Scottish Leaving Certificate Examination, 1957
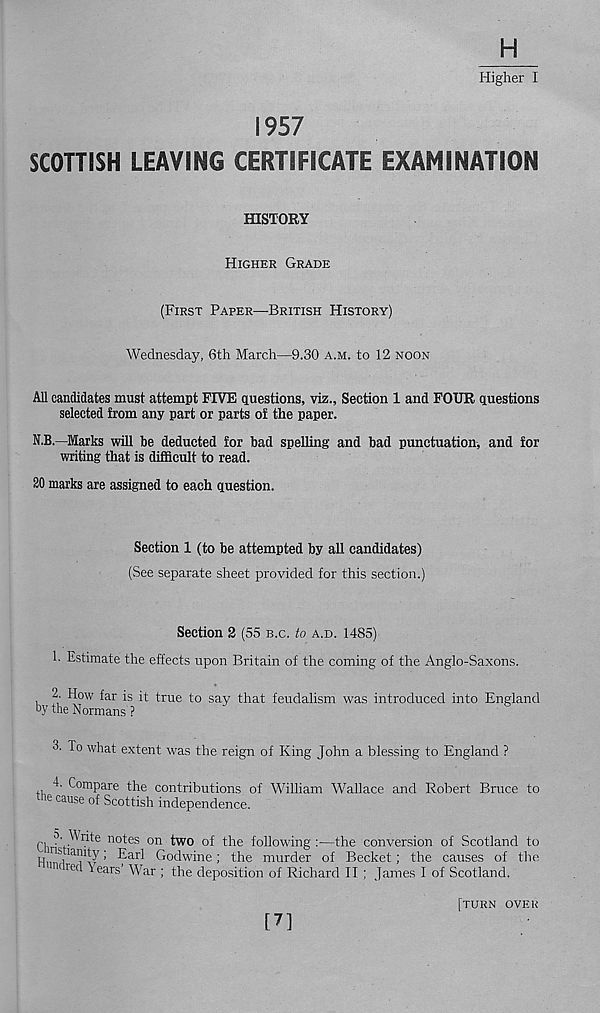
H
Higher I
1957
SCOTTESH LEAVING CERTIFICATE EXAMINATION
HISTORY
HIGHER GRADE
(FIRST PAPER—BRITISH HISTORY)
Wednesday, 6th March—9.30 A.M. to 12 NOON
All candidates must attempt FIVE questions, viz.. Section 1 and FOUR questions
selected from any part or parts of the paper.
N.B.—Marks will be deducted for bad spelling and bad punctuation, and for
writing that is difficult to read.
20 marks are assigned to each question.
Section 1 (to be attempted by all candidates)
(See separate sheet provided for this section.)
Section 2 (55 B.C. to A.D. 1485)
1. Estimate the effects upon Britain of the coming of the Anglo-Saxons.
2. How far is it true to say that feudalism was introduced into England
by the Normans'?
3.
To what extent was the reign of King John a blessing to Engla
-I- Compare the contributions of William Wallace and Robert Bruce to
he cause of Scottish independence.
n°t es on two of the following:-—the conversion of Scotland to
u
> Earl Godwine; the murder of Becket; the causes of the
K red Years War ; the deposition of Richard II ; James I of Scotland.
[7]
[TURN OVER